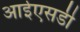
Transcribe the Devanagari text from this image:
आईएसडी